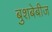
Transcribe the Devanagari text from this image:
बुशबेबीज